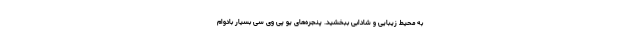
به محیط زیبایی و شادابی ببخشید. پنجره‌های یو پی وی سی بسیار بادوام